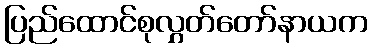
ပြည်ထောင်စုလွှတ်တော်နာယက